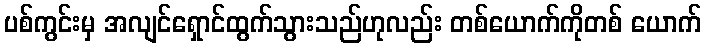
ပစ်ကွင်းမှ အလျင်ရှောင်ထွက်သွားသည်ဟုလည်း တစ်ယောက်ကိုတစ် ယောက်